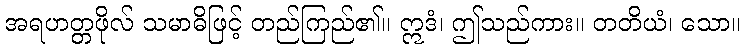
အရဟတ္တဖိုလ် သမာဓိဖြင့် တည်ကြည်၏။ ဣဒံ၊ ဤသည်ကား။ တတိယံ၊ သော။